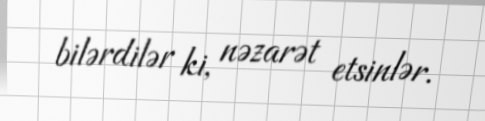
bilərdilər ki, nəzarət etsinlər.